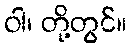
ဝါ၊ တို့တွင်။